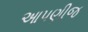
આપણીજ